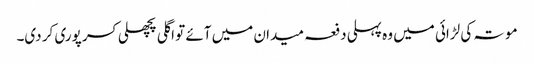
موتہ کی لڑائی میں وہ پہلی دفعہ میدان میں آئے تو اگلی پچھلی کسر پوری کر دی۔